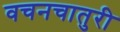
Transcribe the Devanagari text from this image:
वचनचातुरी